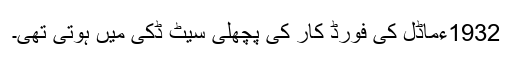
1932ءماڈل کی فورڈ کار کی پچھلی سیٹ ڈکی میں ہوتی تھی۔